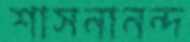
শাসনানন্দ